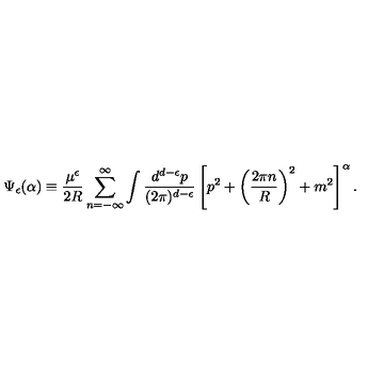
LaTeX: \Psi _ { \epsilon } ( \alpha ) \equiv \frac { \mu ^ { \epsilon } } { 2 R } \sum _ { n = - \infty } ^ { \infty } \int \frac { d ^ { d - \epsilon } p } { ( 2 \pi ) ^ { d - \epsilon } } \left[ p ^ { 2 } + \left( \frac { 2 \pi n } { R } \right) ^ { 2 } + m ^ { 2 } \right] ^ { \alpha } .